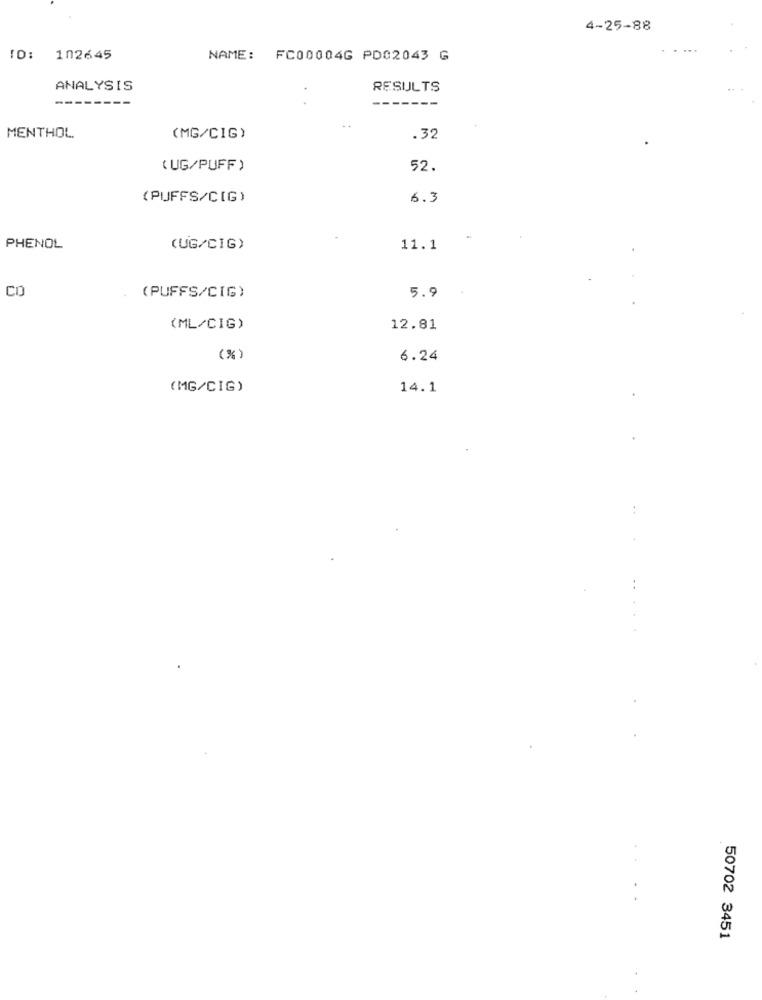
4-25-88
ID: 102645
NAME: FC00004G PD02043 G
ANALYSIS
RESULTS
MENTHOL
(MG/CIG)
.32
( UG/PUFF )
52.
(PUFFS/C[G)
6.3
PHENOL
(UG/CIG)
11.1
CO
(PUFFS/CIG)
5.9
(ML/CIG)
12.81
(%)
6.24
(MG/CIG)
14.1
--
50702 3451